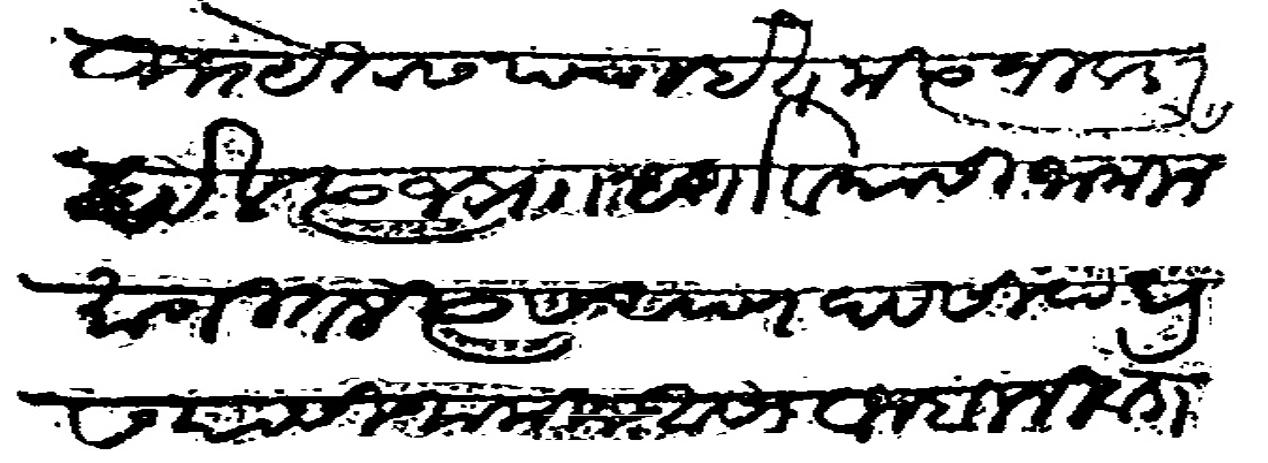
Transliteration (Devanagari): उभयेतास पंचाईत मत्य निवाडा होईल त्याज प्राो वर्तावयासी जामीन मागीतले त्यास आपण देव सिद दडस यांसी जामीन असो वाजबी निवाडा